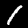
Digit: 1